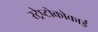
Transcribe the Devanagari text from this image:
स्ट्रेप्टोकोकाई